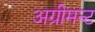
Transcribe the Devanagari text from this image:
अग्रीमन्ट